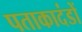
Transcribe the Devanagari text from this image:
पताकादंडों